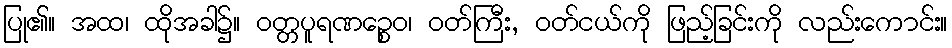
ပြု၏။ အထ၊ ထိုအခါ၌။ ဝတ္တပူရဏဉ္စေဝ၊ ဝတ်ကြီး, ဝတ်ငယ်ကို ဖြည့်ခြင်းကို လည်းကောင်း။